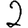
Digit: 2